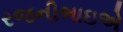
રજનીભાઇએ